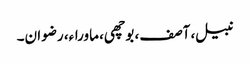
نبیل، آصف، بوچھی، ماوراء، رضوان۔